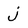
Character: j